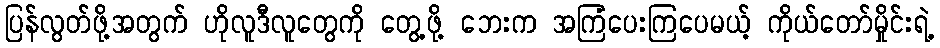
ပြန်လွတ်ဖို့အတွက် ဟိုလူဒီလူတွေကို တွေ့ဖို့ ဘေးက အကြံပေးကြပေမယ့် ကိုယ်တော်မှိုင်းရဲ့